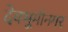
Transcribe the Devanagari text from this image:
देवभूमीनगर